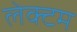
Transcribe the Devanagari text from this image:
लेक्टम